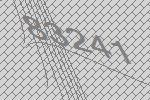
83241